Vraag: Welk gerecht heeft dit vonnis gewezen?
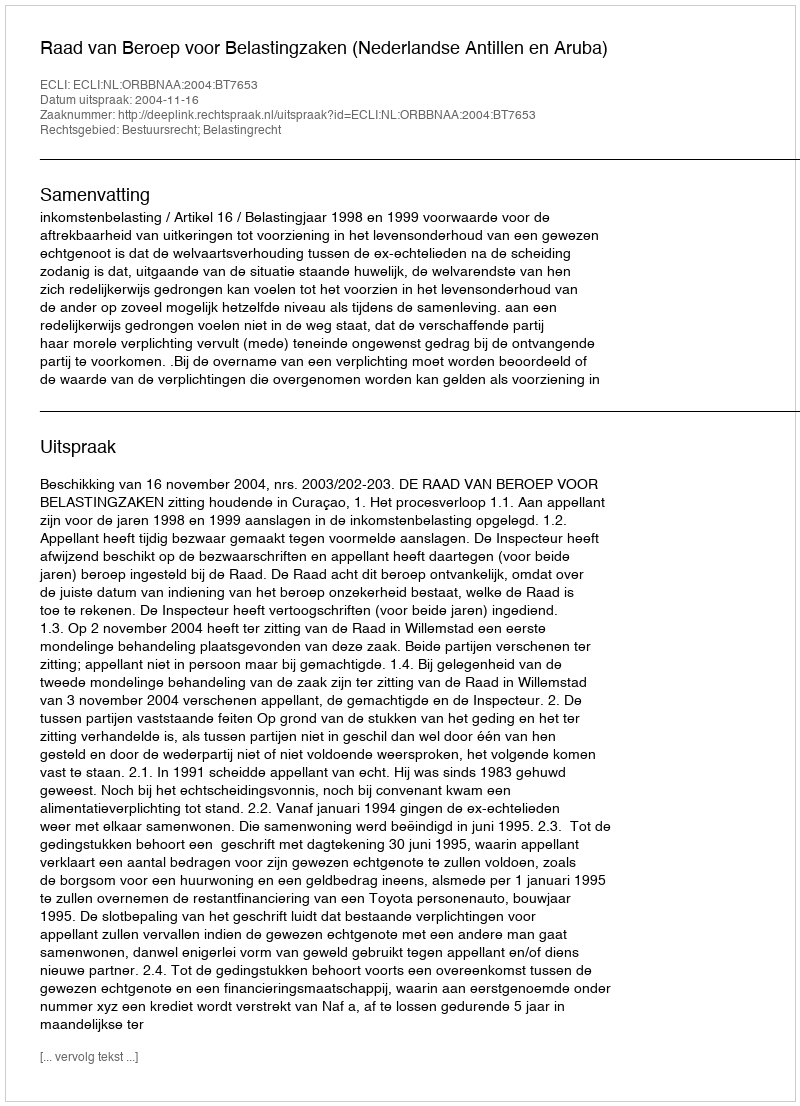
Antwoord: Raad van Beroep voor Belastingzaken (Nederlandse Antillen en Aruba)